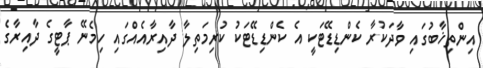
އިންތިޚާބުގައި ވާދަކުރާ ކެންޑިޑޭޓަކީ އެ ކެންޑިޑޭޓަކު ކުރިމަތިލާ ދާއިރާއެއްގައި ހިމެނޭ ޕާޓީގެ ދާއިރާގެ